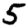
Digit: 5